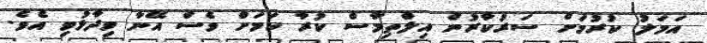
އަމަލު ކުރުމަށް ސަރުކާރުން އިލްތިމާސް ކުރާ ކަމަށް ވެސް އޭނާ ވިދާޅުވި އެވެ.